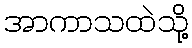
အာကာသထဲသို့